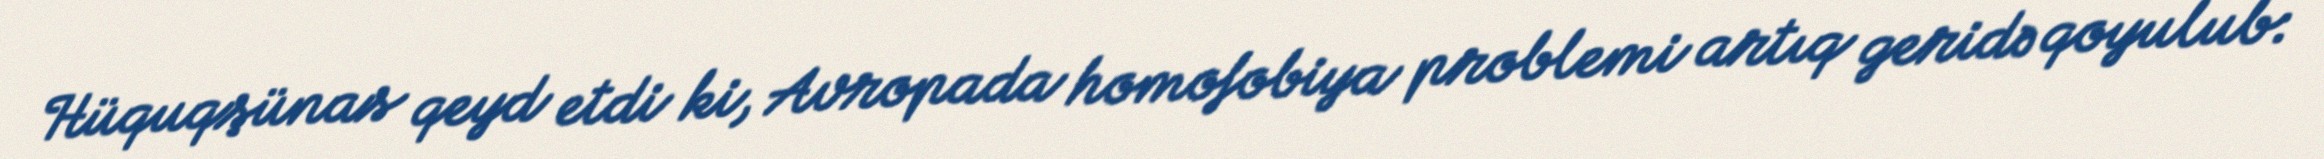
Hüquqşünas qeyd etdi ki, Avropada homofobiya problemi artıq geridə qoyulub: